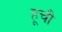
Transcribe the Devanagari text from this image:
हूचौ